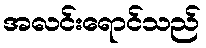
အလင်းရောင်သည်